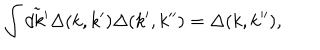
LaTeX: \int \tilde { d k ^ { \prime } } \Delta ( k , k ^ { \prime } ) \Delta ( k ^ { \prime } , k ^ { \prime \prime } ) = \Delta ( k , k ^ { \prime \prime } ) ,